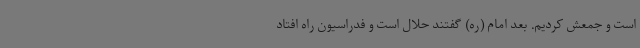
است و جمعش کردیم. بعد امام (ره) گفتند حلال است و فدراسیون راه افتاد